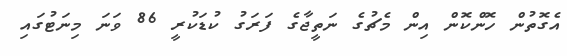
އެގޮތުން ހޮންކޮން އިން މެޗުގެ ނަތީޖާގެ ފަރަގު ކުޑަކުރީ 86 ވަނަ މިނަޓުގައި